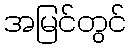
အမြင်တွင်